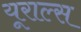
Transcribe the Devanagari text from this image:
यूराल्स